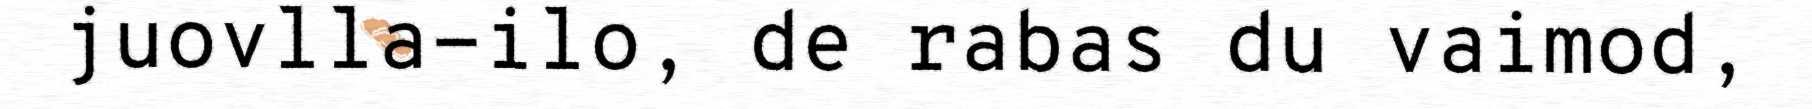
juovlla-ilo, de rabas du vaimod,